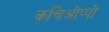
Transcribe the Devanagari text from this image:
कचिओप्पो